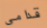
قدامى